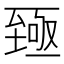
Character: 𫇐